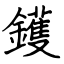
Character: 鑊